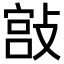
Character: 𢾮